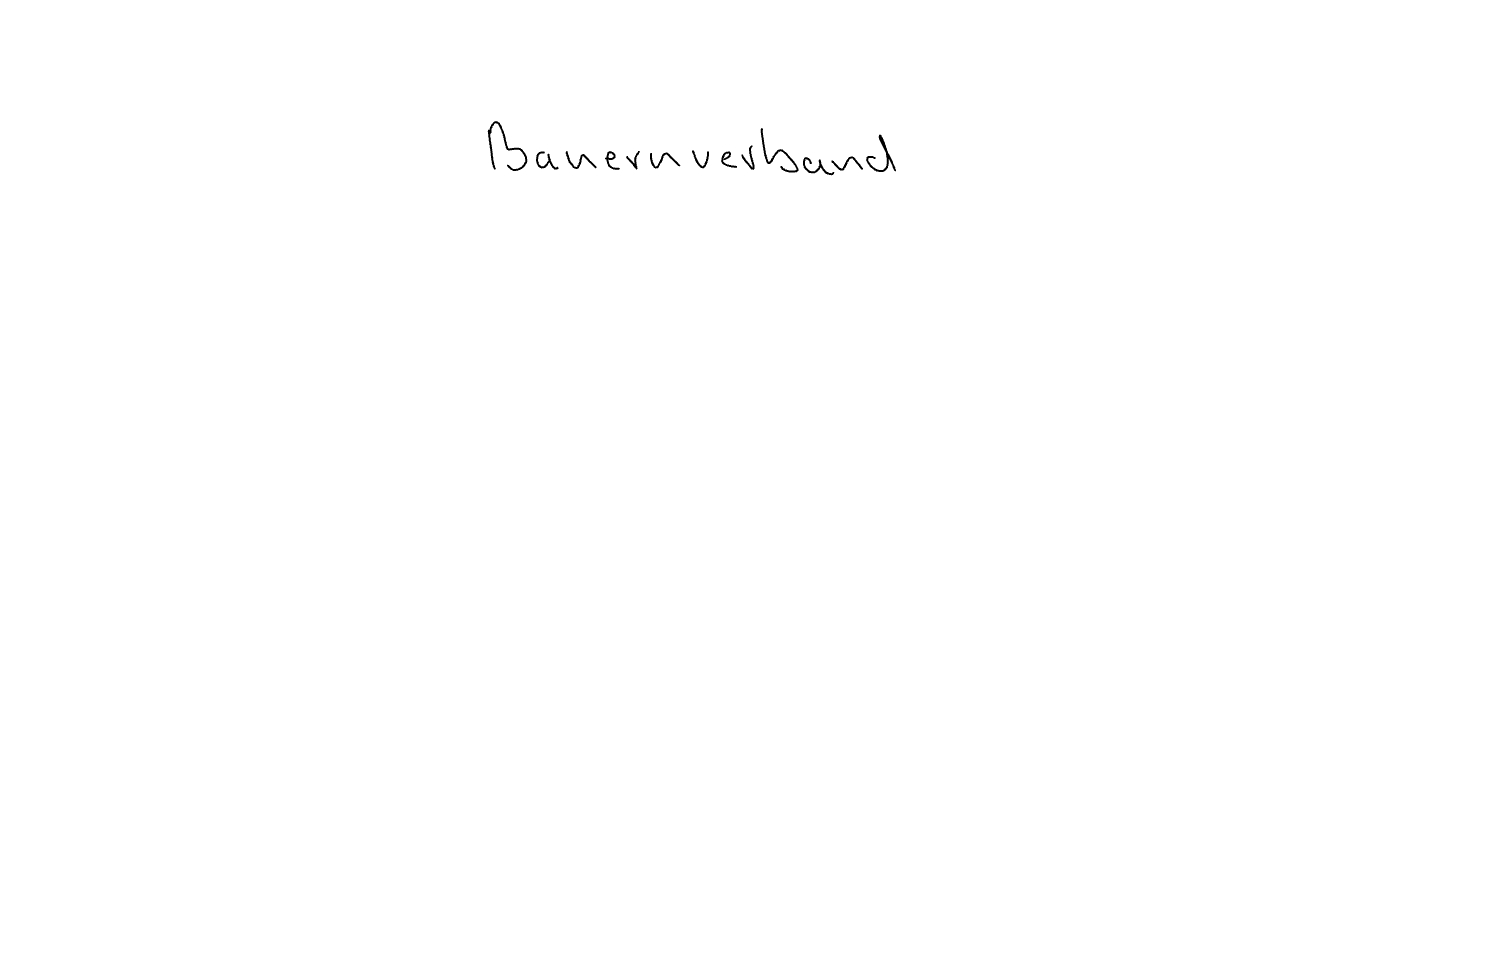
Text: Bauernverband